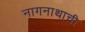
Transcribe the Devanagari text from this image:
नागनाथाची